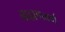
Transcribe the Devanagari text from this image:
ब्राह्मणवर्ण